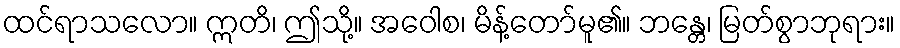
ထင်ရာသလော။ ဣတိ၊ ဤသို့။ အဝေါစ၊ မိန့်တော်မူ၏။ ဘန္တေ၊ မြတ်စွာဘုရား။